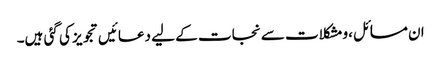
ان مسائل ،ومشکلات سے نجات کے لیے دعائیں تجویز کی گئی ہیں۔